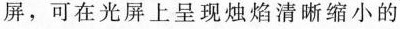
屏，可在光屏上呈现烛焰清晰缩小的